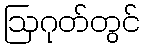
ဩဂုတ်တွင်